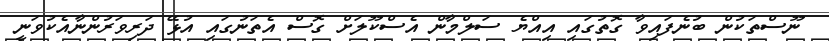
ނޫސްތަކުން ބުނެފައިވާ ގޮތުގައި އިއްޔެ ސަލްމާން އެސްކޫލަށް ގޮސް އެތަނުގައި އުޅޭ ދަރިވަރުންނާއެކުވަނީ